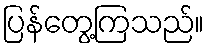
ပြန်တွေ့ကြသည်။